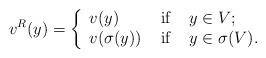
LaTeX: \begin{align*}v^R(y)=\left\{\begin{array}{lcl}v(y)&\mbox{ if }& y\in V;\\v(\sigma(y))&\mbox{ if }& y \in \sigma(V).\end{array}\right.\end{align*}